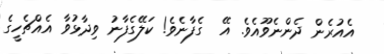
އެއުރެން ދެންނެވޫއެވެ. އޭ  ގެފާނެވެ! ކަލޭގެފާނު ވިދާޅުވާ އެއްޗެހީގެ